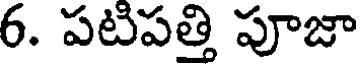
6. పటిపత్తి పూజా